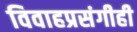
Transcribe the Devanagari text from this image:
विवाहप्रसंगीही